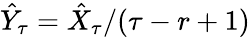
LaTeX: \hat{Y}_{\tau}=\hat{X}_{\tau}/(\tau-r+1)